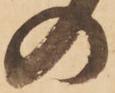
の